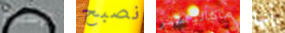
الإسبوع نصبح ماكاليستر إنها